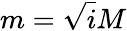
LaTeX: m=\sqrt{i}M